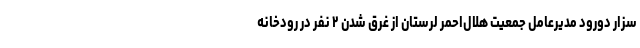
سزار دورود مدیرعامل جمعیت هلال‌احمر لرستان از غرق شدن ۲ نفر در رودخانه